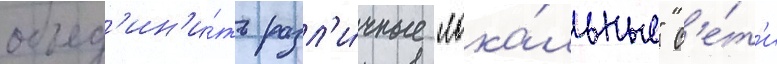
объед'ин'и́ть разл'и́чные "лока́льные" с'е́т'и